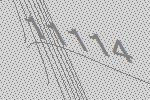
11114